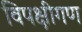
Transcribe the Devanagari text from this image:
विपक्षीगण